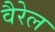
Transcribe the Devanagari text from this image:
वैरेल